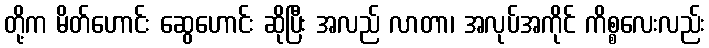
တို့က မိတ်ဟောင်း ဆွေဟောင်း ဆိုပြီး အလည် လာတာ၊ အလုပ်အကိုင် ကိစ္စလေးလည်း